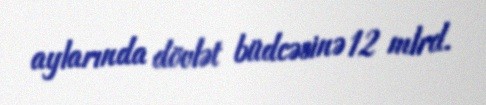
aylarında dövlət büdcəsinə 12 mlrd.